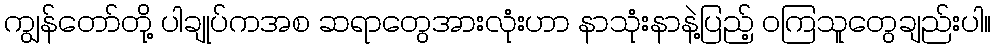
ကျွန်တော်တို့ ပါချုပ်ကအစ ဆရာတွေအားလုံးဟာ နာသုံးနာနဲ့ပြည့် ဝကြသူတွေချည်းပါ။